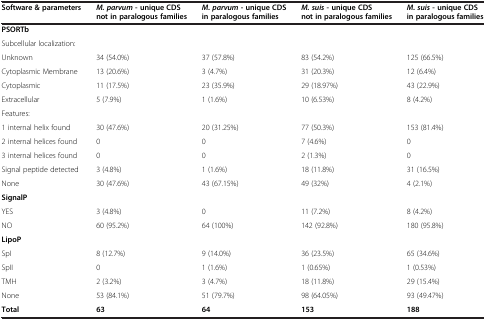
<table><thead><tr><td><b>Software &amp; parameters</b></td><td><b><i>M. parvum</i>- unique CDS not in paralogous families</b></td><td><b><i>M. parvum</i>- unique CDS in paralogous families</b></td><td><b><i>M. suis</i>- unique CDS not in paralogous families</b></td><td><b><i>M. suis</i>- unique CDS in paralogous families</b></td></tr></thead><tbody><tr><td><b>PSORTb</b></td><td></td><td></td><td></td><td></td></tr><tr><td>Subcellular localization:</td><td></td><td></td><td></td><td></td></tr><tr><td>Unknown</td><td>34 (54.0%)</td><td>37 (57.8%)</td><td>83 (54.2%)</td><td>125 (66.5%)</td></tr><tr><td>Cytoplasmic Membrane</td><td>13 (20.6%)</td><td>3 (4.7%)</td><td>31 (20.3%)</td><td>12 (6.4%)</td></tr><tr><td>Cytoplasmic</td><td>11 (17.5%)</td><td>23 (35.9%)</td><td>29 (18.97%)</td><td>43 (22.9%)</td></tr><tr><td>Extracellular</td><td>5 (7.9%)</td><td>1 (1.6%)</td><td>10 (6.53%)</td><td>8 (4.2%)</td></tr><tr><td>Features:</td><td></td><td></td><td></td><td></td></tr><tr><td>1 internal helix found</td><td>30 (47.6%)</td><td>20 (31.25%)</td><td>77 (50.3%)</td><td>153 (81.4%)</td></tr><tr><td>2 internal helices found</td><td>0</td><td>0</td><td>7 (4.6%)</td><td>0</td></tr><tr><td>3 internal helices found</td><td>0</td><td>0</td><td>2 (1.3%)</td><td>0</td></tr><tr><td>Signal peptide detected</td><td>3 (4.8%)</td><td>1 (1.6%)</td><td>18 (11.8%)</td><td>31 (16.5%)</td></tr><tr><td>None</td><td>30 (47.6%)</td><td>43 (67.15%)</td><td>49 (32%)</td><td>4 (2.1%)</td></tr><tr><td><b>SignalP</b></td><td></td><td></td><td></td><td></td></tr><tr><td>YES</td><td>3 (4.8%)</td><td>0</td><td>11 (7.2%)</td><td>8 (4.2%)</td></tr><tr><td>NO</td><td>60 (95.2%)</td><td>64 (100%)</td><td>142 (92.8%)</td><td>180 (95.8%)</td></tr><tr><td><b>LipoP</b></td><td></td><td></td><td></td><td></td></tr><tr><td>SpI</td><td>8 (12.7%)</td><td>9 (14.0%)</td><td>36 (23.5%)</td><td>65 (34.6%)</td></tr><tr><td>SpII</td><td>0</td><td>1 (1.6%)</td><td>1 (0.65%)</td><td>1 (0.53%)</td></tr><tr><td>TMH</td><td>2 (3.2%)</td><td>3 (4.7%)</td><td>18 (11.8%)</td><td>29 (15.4%)</td></tr><tr><td>None</td><td>53 (84.1%)</td><td>51 (79.7%)</td><td>98 (64.05%)</td><td>93 (49.47%)</td></tr><tr><td><b>Total</b></td><td><b>63</b></td><td><b>64</b></td><td><b>153</b></td><td><b>188</b></td></tr></tbody></table>